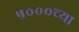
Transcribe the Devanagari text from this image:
५०००च्या